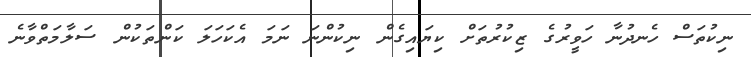
ނިކުތަސް ހެނދުނާ ހަވީރުގެ ޒިކުރުތަށް ކިޔައިގެން ނިކުންނަ ނަމަ އެކަހަލަ ކަންތަކުން ސަލާމަތްވާނެ